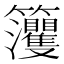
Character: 𥸘